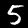
Label: 5